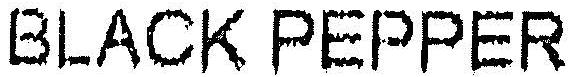
BLACK PEPPER